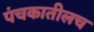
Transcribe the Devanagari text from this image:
पंचकातीलच